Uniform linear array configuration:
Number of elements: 16
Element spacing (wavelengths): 0.25
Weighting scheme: kaiser
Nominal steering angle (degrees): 15
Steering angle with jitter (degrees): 15.461
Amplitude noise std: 0.05
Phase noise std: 0.05

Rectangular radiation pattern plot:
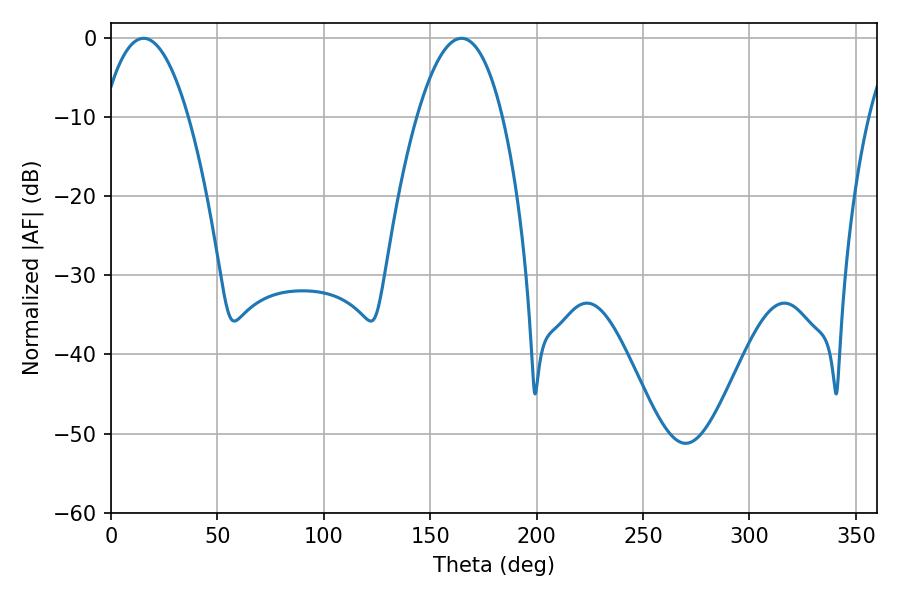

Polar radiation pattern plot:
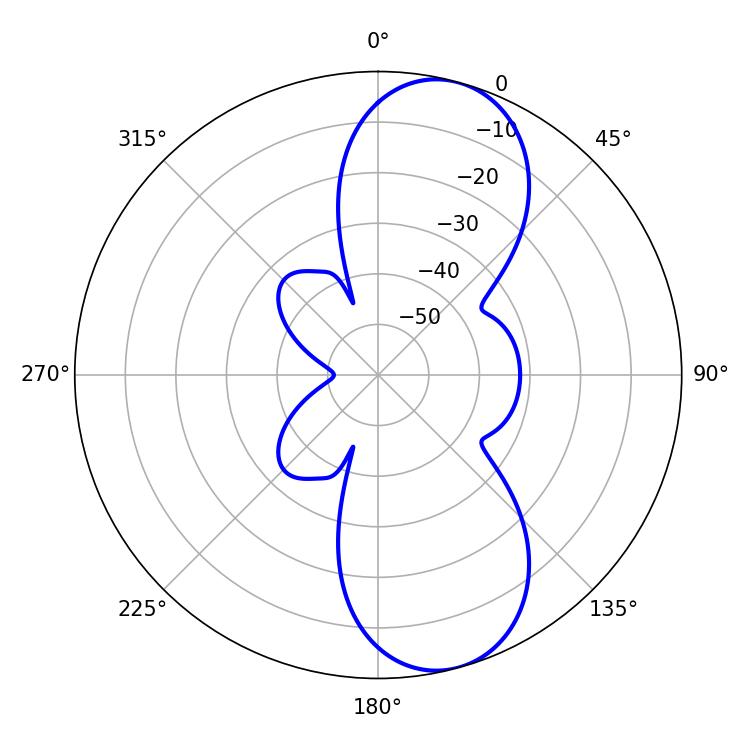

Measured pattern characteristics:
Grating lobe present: FALSE
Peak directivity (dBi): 9.513
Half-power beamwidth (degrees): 22.14
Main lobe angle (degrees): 15.3